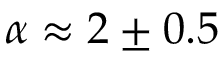
\alpha \approx 2 \pm 0 . 5